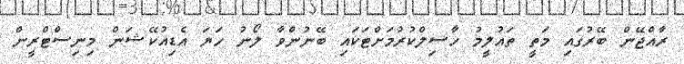
ރާއްޖޭން ބޭރުގައި މަތީ ތައުލީމު ހާސިލްކުރުމަށްޓަކައި ބޭނުންވާ ލޯނު ހަޔަ އެޑިއުކޭޝަން މިނިސްޓްރީން